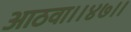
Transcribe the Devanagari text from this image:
आठवा।।४७।।